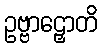
ဥဗ္ဗာဠှောတိ